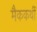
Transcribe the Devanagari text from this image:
मैककर्थी